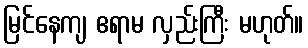
မြင်နေကျ ဧရာမ လှည်းကြီး မဟုတ်။